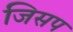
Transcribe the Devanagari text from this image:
जिसप